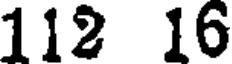
112 16